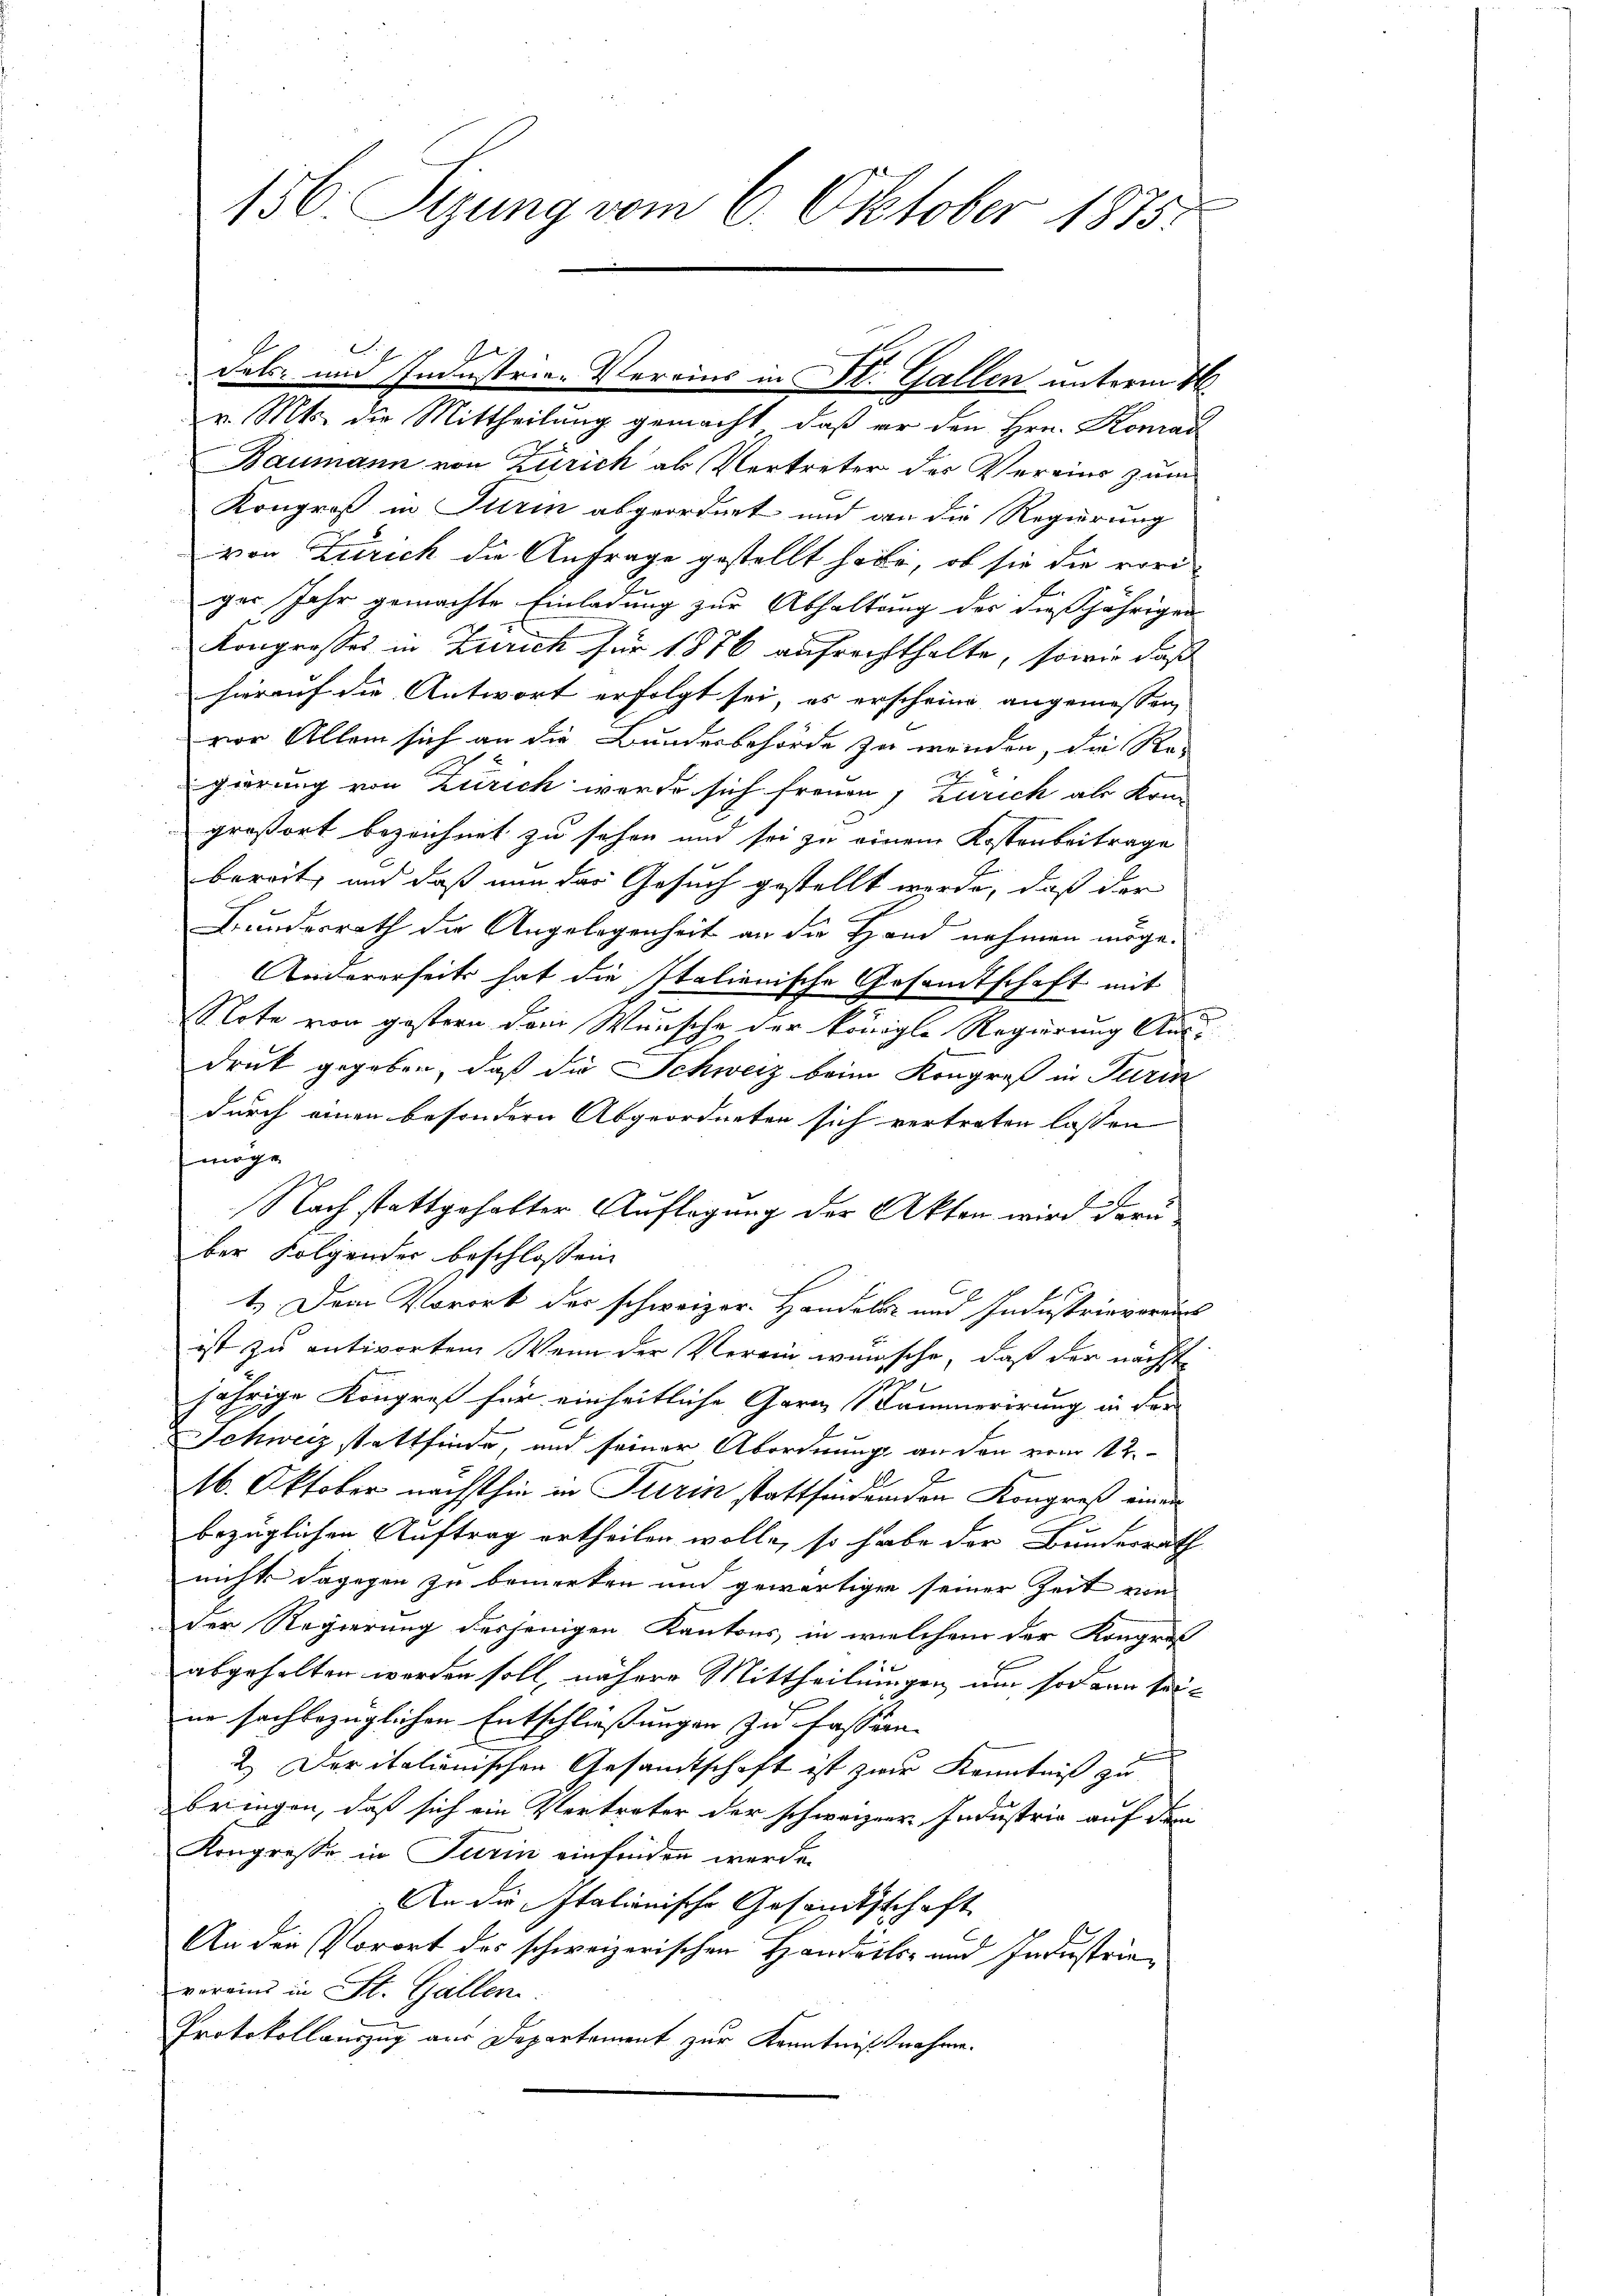
156. Sizung vom 6. Oktober 1875.

v. Mts. die Mittheilung gemacht, daß er den Hrn. Komad
Baumann von Zürich als Vertreter des Vereins zum
Kongroß in Turin abgeordnet und an die Regierung
von Zürich die Anfrage gestellt habe, ob sie die voriger Jahr gemachte Einladung zur Abhaltung des dießjährigen
Kongresses in Zürich für 1876 aufrechthalte, sowie daß
hierauf die Antwort erfolgt sei, es erscheine angemessen,
vor Allem sich an die Bundesbehörde zu werden, die Re-
gierung von Zürich werde sich freuen, Zürich als Kom
großort bezeichnet zu sehen und sei zu einem Kostenbeitrage
bereit, und daß nun das Gesuch gestellt werde, daß der
Bundesrath die Angelegenheit an die Hand nehmen möge.
Anitarerseits hat die Italienische Gesamtschaft mit
ote von gestern dem Wunsche der königle Regierung Ausdruck gegeben, daß die Schweiz beim Kongreß in Puris
durch einen besondern Abgeordneten sich vertreten lassen
möge
Nach stattgehalter Auflegung der Akten wird deru
ber Folgender beschloßen:
1.) Dem Vorort der schweizer. Handels- und Industrie voraus
ist zu entworten. Wenn der Verein wünsche, daß der nächst
u
jährige Kongreß für einheitliche Garn Stammerirung in der
c
Schweiz stattfinde, und seiner Abordnung an den vom 12.
16. Oktober nächsthin in Turin stattfindenden Kongreß einen
bezüglichen Auftrag ertheilen wolle, so habe der Bundesrath
nichts dagegen zu bemerken und gewärtigen seiner Zeit von
der Regierung desjenigen Kantons, in welchem der Kongres
abgehalten werden soll, nähere Mittheilungen, um sodann seinn sachbezüglichen Entschließungen zu fassern.
bche
2) Der italionischen Gesandtschaft ist zwar Kenntniß zu
bringen, daß sich ein Vertreter der schweizer Industria auf dem
Kongresse in Turin einfinden werde.
An die Italionische Gesamtsschaft
An den Vorort des schweizerischen Handels- und Industrievoreins in St. Gallen.
Protokollauszug aus Departement zur Kenntnißnahme.

dals- und Industrie-Vereins in St. Gallen unterm 16